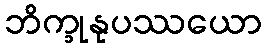
ဘိက္ခုနုပဿယော